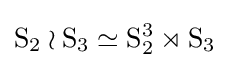
\mathrm {S} _{2}\wr \mathrm {S} _{3}\simeq \mathrm {S} _{2}^{3}\rtimes \mathrm {S} _{3}